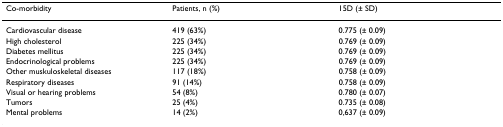
<table><thead><tr><td><b>Co-morbidity</b></td><td><b>Patients, n (%)</b></td><td><b>15D (± SD)</b></td></tr></thead><tbody><tr><td>Cardiovascular disease</td><td>419 (63%)</td><td>0.775 (± 0.09)</td></tr><tr><td>High cholesterol</td><td>225 (34%)</td><td>0.769 (± 0.09)</td></tr><tr><td>Diabetes mellitus</td><td>225 (34%)</td><td>0.769 (± 0.09)</td></tr><tr><td>Endocrinological problems</td><td>225 (34%)</td><td>0.769 (± 0.09)</td></tr><tr><td>Other muskuloskeletal diseases</td><td>117 (18%)</td><td>0.758 (± 0.09)</td></tr><tr><td>Respiratory diseases</td><td>91 (14%)</td><td>0.758 (± 0.09)</td></tr><tr><td>Visual or hearing problems</td><td>54 (8%)</td><td>0.780 (± 0.07)</td></tr><tr><td>Tumors</td><td>25 (4%)</td><td>0.735 (± 0.08)</td></tr><tr><td>Mental problems</td><td>14 (2%)</td><td>0,637 (± 0.09)</td></tr></tbody></table>